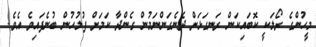
މީހުންގެ ރޯލަކީ ކޮބައިކަން ރަނގަޅަށް ދެނެގަންނަމުން ގެންދާ ކަމަށް ފުލުހުން ބުނެފައިވެ އެވެ.